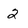
Character: 2